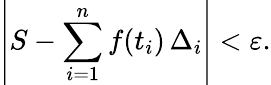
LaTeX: \left|S-\sum_{i=1}^{n}f(t_{i})\, \Delta_{i}\right|<\varepsilon.